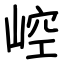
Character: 崆